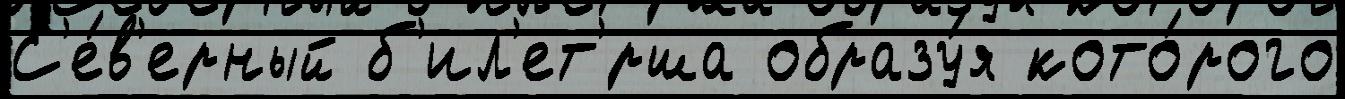
С'е́в'ерный б'ил'ет'́рша образу́я кото́рого